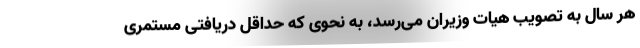
هر سال به تصویب هیات وزیران می‌رسد، به نحوی که حداقل دریافتی مستمری